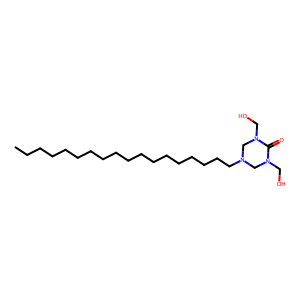
SMILES: CCCCCCCCCCCCCCCCCCN1CN(CO)C(=O)N(CO)C1
Inhibits HIV replication: No